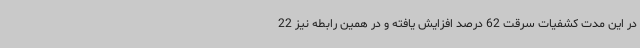
در این مدت کشفیات سرقت 62 درصد افزایش یافته و در همین رابطه نیز 22